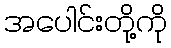
အပေါင်းတို့ကို